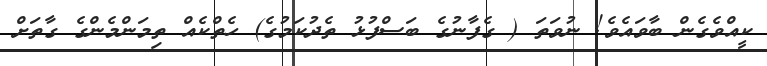
ކީއްވެގެން ބާވައެވެ! ނުވަތަ ( ގެފާނުގެ ބަސްފުޅު ތެދުކަމުގެ) ހެތްކެއް ތިމަންމެންގެ ގާތަށް